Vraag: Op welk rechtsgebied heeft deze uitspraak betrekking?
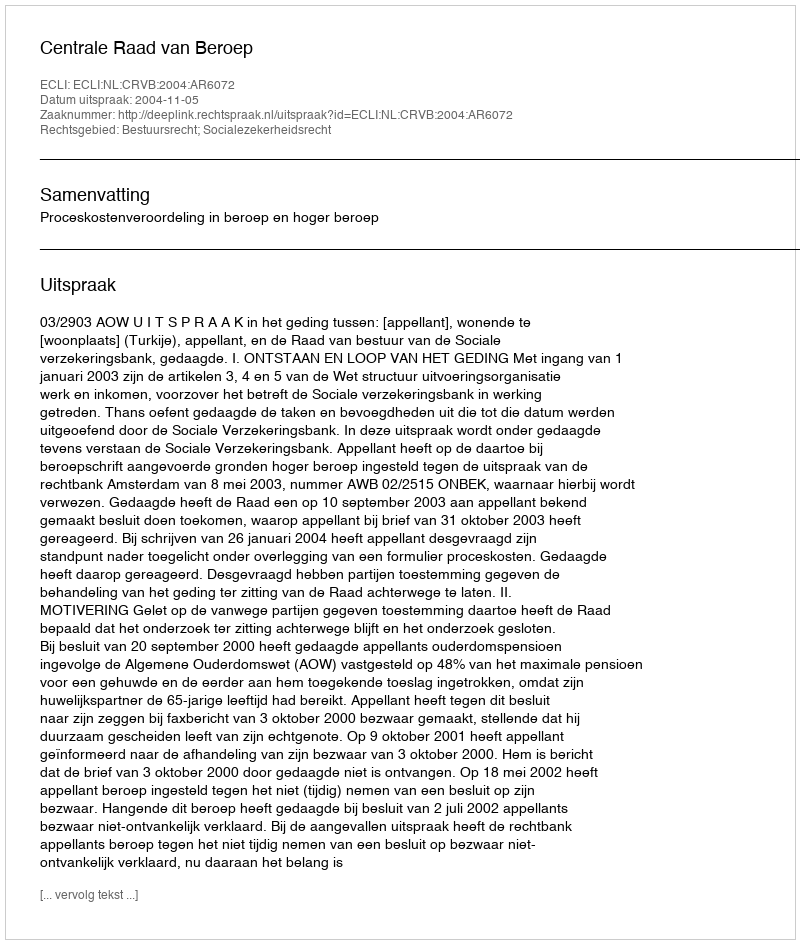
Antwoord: Bestuursrecht; Socialezekerheidsrecht